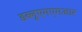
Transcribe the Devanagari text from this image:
डब्लूएमएमआर